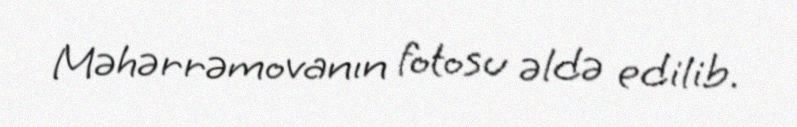
Məhərrəmovanın fotosu əldə edilib.